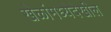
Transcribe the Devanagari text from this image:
खेळांमध्येदेखील